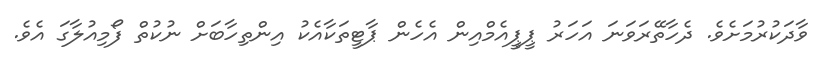
ވާދަކުރުމަށެވެ. ދެހާތޭރަވަނަ އަހަރު ޕީޕީއެމްއިން އެހެން ޕާޓީތަކާއެކު އިންތިހާބަށް ނުކުތް ފޯމިއުލާގަ އެވެ.